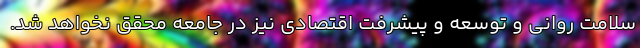
سلامت روانی و توسعه و پیشرفت اقتصادی نیز در جامعه محقق نخواهد شد.